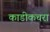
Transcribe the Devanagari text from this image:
काडीकचरा